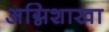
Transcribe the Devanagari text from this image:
अग्निशाखा